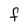
Character: f